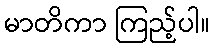
မာတိကာ ကြည့်ပါ။